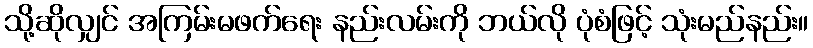
သို့ဆိုလျှင် အကြမ်းမဖက်ရေး နည်းလမ်းကို ဘယ်လို ပုံစံဖြင့် သုံးမည်နည်း။